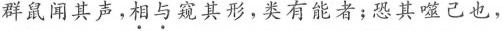
群鼠闻其声，\underset{·}{相}\underset{·}{与}窥其形，类有能者；恐其噬己也，